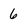
Character: 6